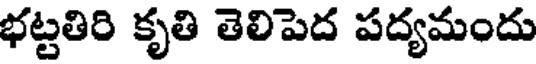
భట్టతిరి కృతి తెలిపెద పద్యమందు